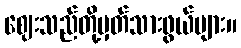
ဈေးသည်တို့မှတ်သားဖွယ်များ။